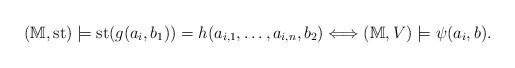
LaTeX: \begin{align*}(\mathbb{M},\operatorname{st})\models \operatorname{st}(g(a_i,b_1))=h(a_{i,1},\dots, a_{i,n},b_2)\Longleftrightarrow (\mathbb{M},V)\models \psi(a_i,b).\end{align*}